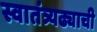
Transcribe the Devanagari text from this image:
स्वातंत्र्यढ्याची